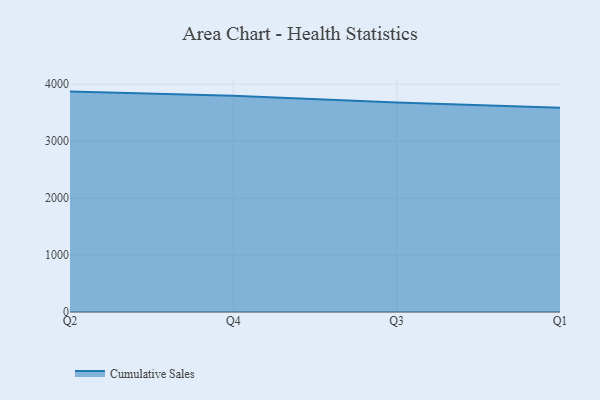
{"axis": {"x": "Quarter", "y": "LTV (USD)"}, "legend": ["Cumulative Sales"], "data": [{"x": "Q2", "y": 3871.4, "type": "Cumulative Sales"}, {"x": "Q4", "y": 3797.7, "type": "Cumulative Sales"}, {"x": "Q3", "y": 3682.0, "type": "Cumulative Sales"}, {"x": "Q1", "y": 3587.7, "type": "Cumulative Sales"}]}